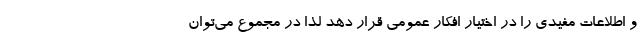
و اطلاعات مفیدی را در اختیار افکار عمومی قرار دهد لذا در مجموع می‌توان